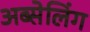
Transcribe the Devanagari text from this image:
अब्सेलिंग